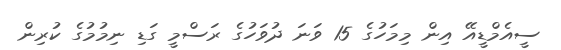
ސީއެމްޑީއޭ އިން މިމަހުގެ 15 ވަނަ ދުވަހުގެ ރަސްމީ ގަޑި ނިމުމުގެ ކުރިން